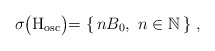
\begin{align*} \sigma\bigr({\rm H}_\mathrm{osc}\bigl) = \left\{\, nB_0, \ n\in\mathbb{N} \,\right\} \,,\end{align*}